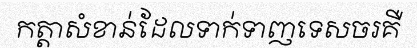
កត្តាសំខាន់ដែលទាក់ទាញទេសចរគឺ